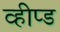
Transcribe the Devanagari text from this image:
व्हीप्ड